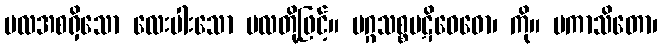
ဗလအစရှိသော လေးပါးသော ဗလတို့ဖြင့်။ မဂ္ဂသစ္စပဋိဝေဓော၊ ကို။ ပကာသိတော၊